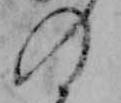
の